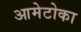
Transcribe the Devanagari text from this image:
आमेटोका